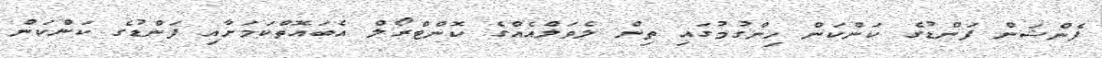
ޕެންޝަން ފަންޑުގެ ކަންކަން ހިންގުމުގައި ތިން ލެވަލްއެއްގެ ކޮންޓްރޯލް އެބައޮތްކަމަށާއި ފަންޑުގެ ކަންކަން